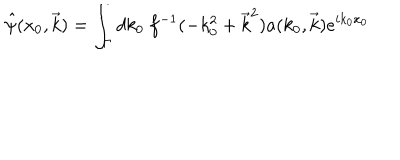
\hat { \psi } ( x _ { 0 } , \vec { k } ) = \int _ { \Gamma } d k _ { 0 } ~ f ^ { - 1 } ( - k _ { 0 } ^ { 2 } + \vec { k } ^ { 2 } ) a ( k _ { 0 } , \vec { k } ) e ^ { i k _ { 0 } x _ { 0 } }